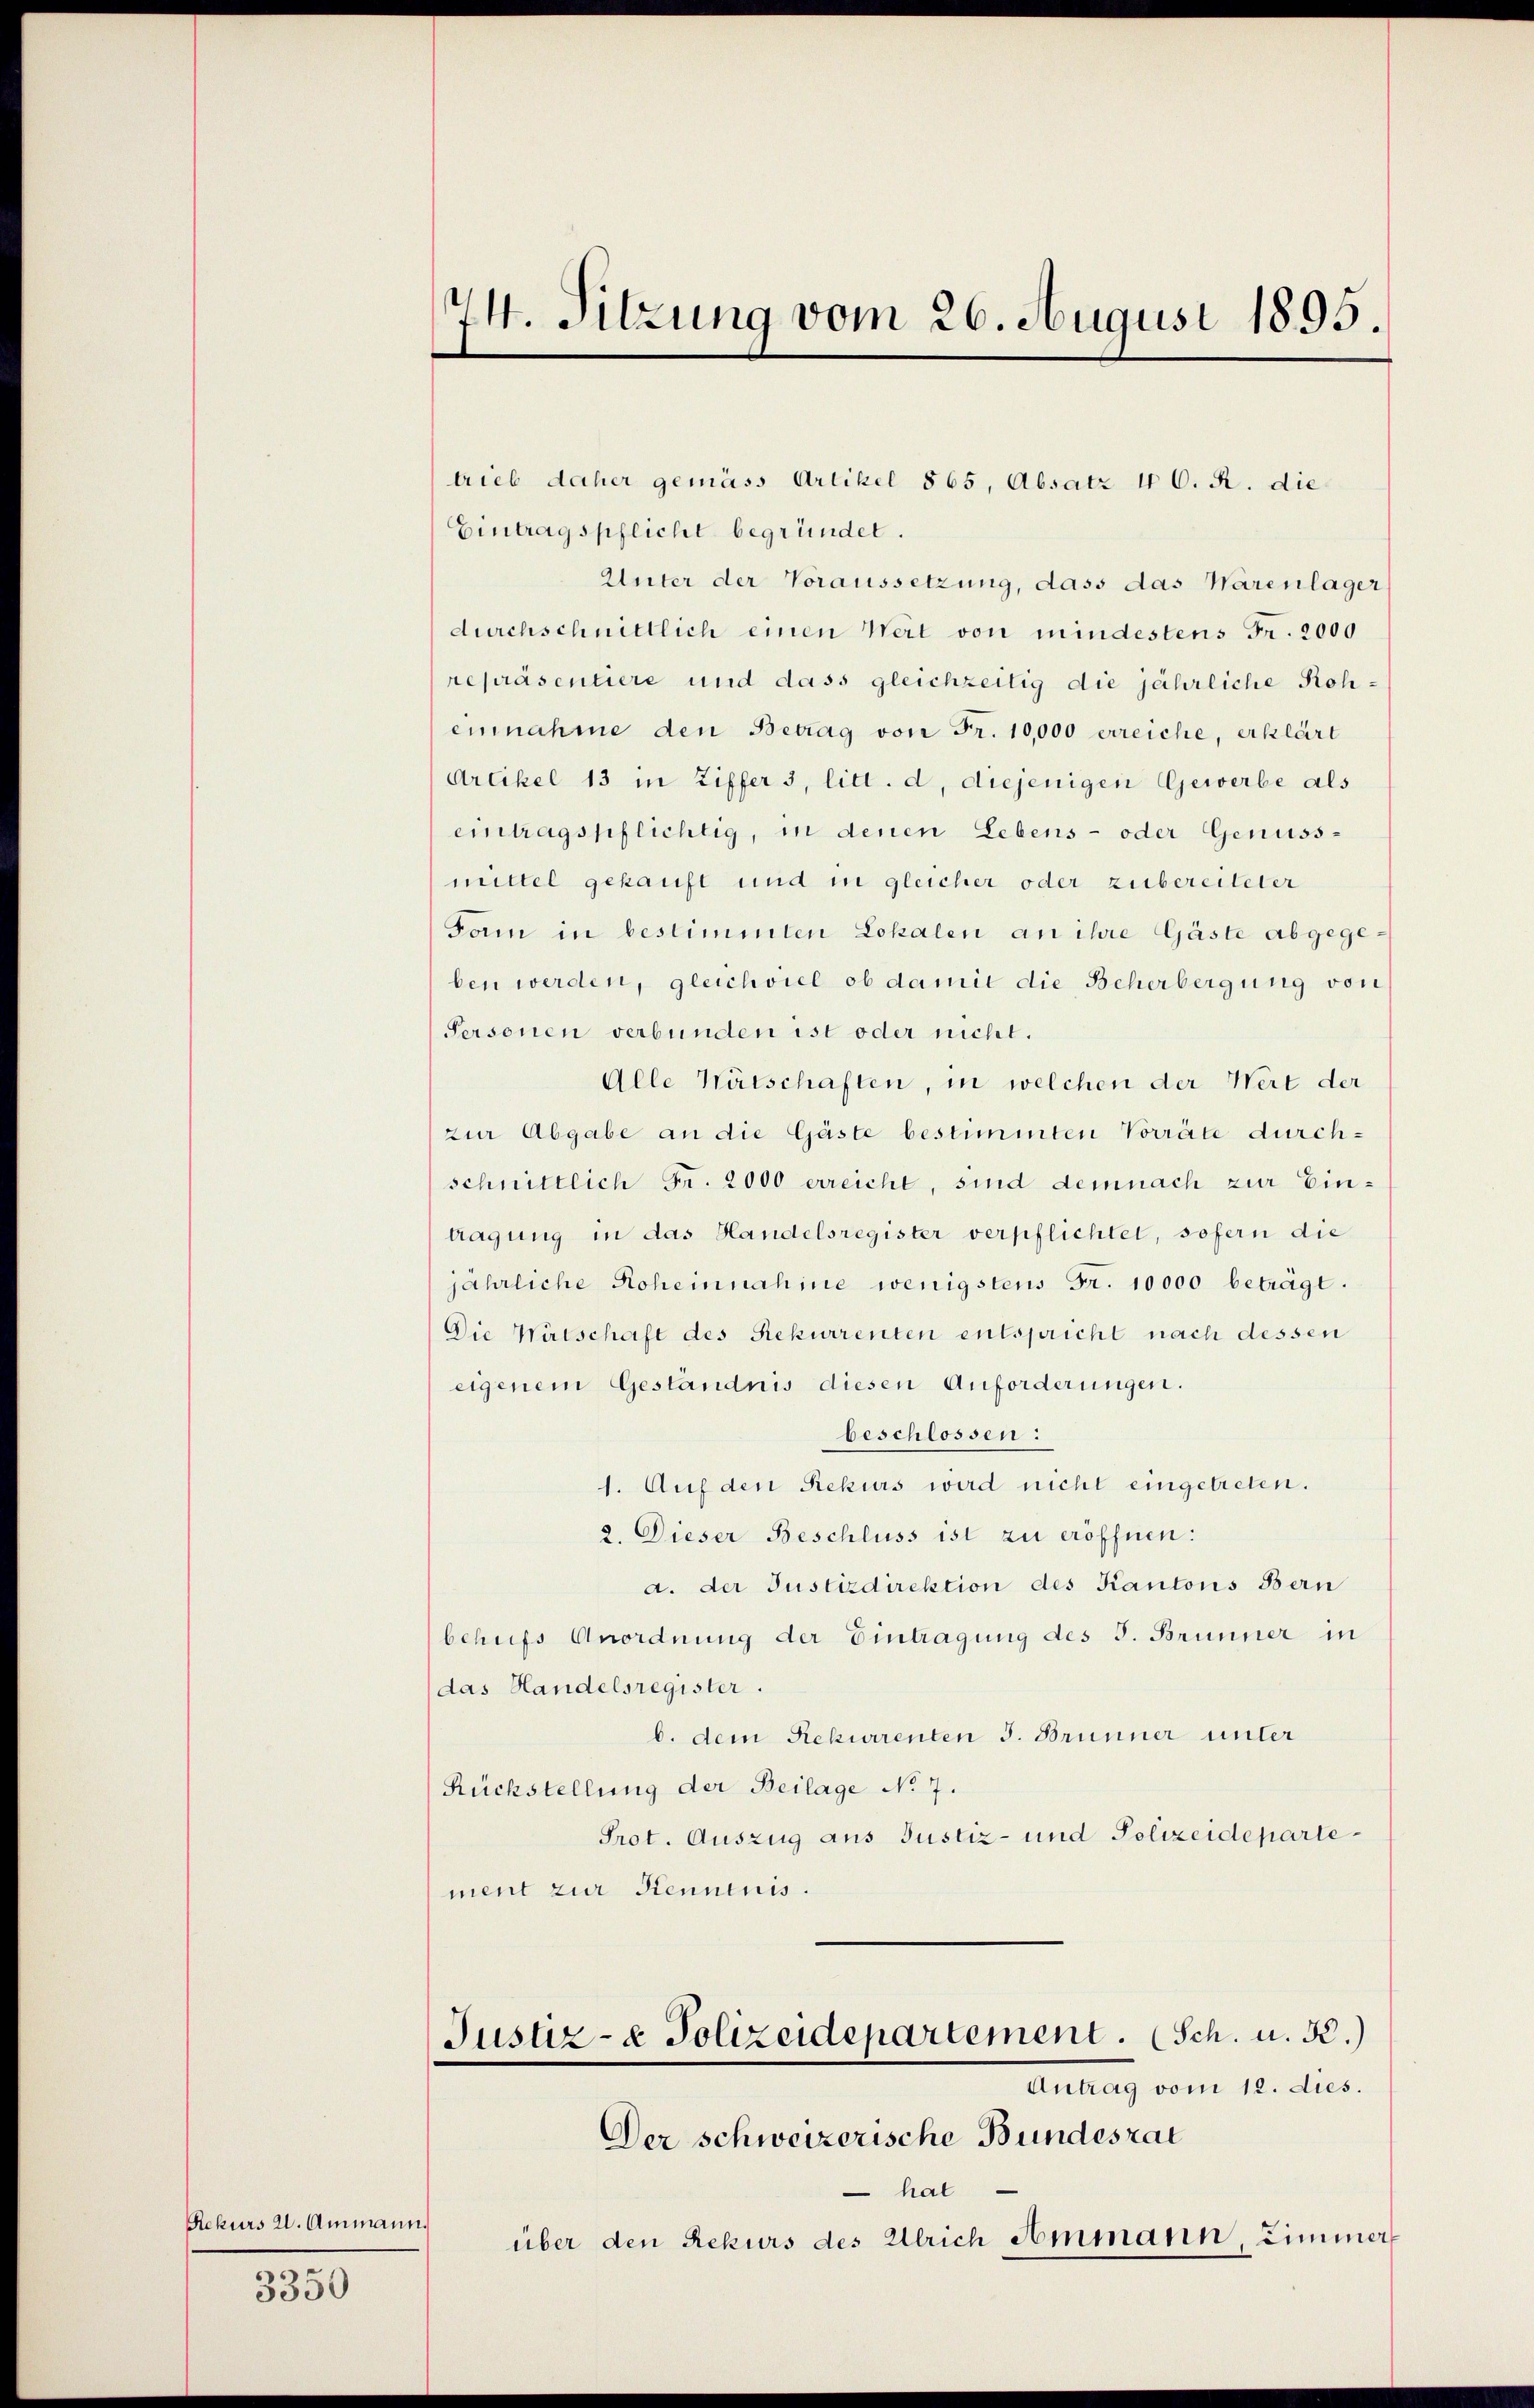
Rekurs 21. Ammann.

3350

74. Sitzung vom 26. August 1895.

trieb daher gemäss Artikel 865, Absatz 10. R. die
Eintragspflicht begründet.
Unter der Voraussetzung, dass das Warenlager
durchschnittlich einen Wert von mindestens Fr. 2000
repräsentiere und dass gleichzeitig die jährliche Roheinnahme den Betrag von Fr. 10,000 erreiche, erklärt
Artikel 13 in Ziffer 3, litt. d, diejenigen Gewerbe als
eintragspflichtig, in denen Lebens- oder Genussmittel gekauft und in gleicher oder zubereiteter
Fam in bestimmten Lokalen an ihre Gäste abgegeben werden, gleichviel ob damit die Beherbergung von
Personen verbunden ist oder nicht.
Alle Wätschaften, in welchen der Wert der
zur Abgabe an die Gäste bestimmten Vorräte durchschnittlich Fr. 2000 erreicht, sind demnach zur Eintragung in das Handelsregister verpflichtet, sofern die
jährliche Roheinnahme wenigstens Fr. 10000 beträgt.
Die Watschaft des Rekurrenten entspricht nach dessen
eigenem Geständnis diesen Anforderungen.
beschlossen:
1. Auf den Rekurs wird nicht eingetreten.
2. Dieser Beschluss ist zu eröffnen:
a. der Justizdirektion des Kantons Bern
behufs Anordnung der Eintragung des J. Brunner in
das Handelsregister.
b. dem Rekurrenten J. Brunner unter
Rückstellung der Beilage No 7.
Prot. Auszug aus Justiz- und Polizeidepartement zur Kenntnis.
Justiz- & Polizeidepartement. Sch. u. 32.)
Anhang vom 10. des
Der schweizerische Bundesrat
 hal
über den Rekurs des Ulrich Ammann, Zimmer